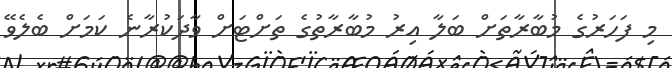
މި ފަހަރުގެ މުބާރާތަށް ބަލާ އިރު މުބާރާތުގެ ތަށްޓަށް ވާދަކުރާނެ ކަމަށް ބެލެވޭ